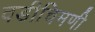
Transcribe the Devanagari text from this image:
वडीचिमणी